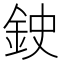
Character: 鉂